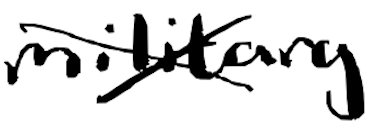
Text: military
Cross-out: cross
Writing tool: digital_black